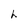
Character: h